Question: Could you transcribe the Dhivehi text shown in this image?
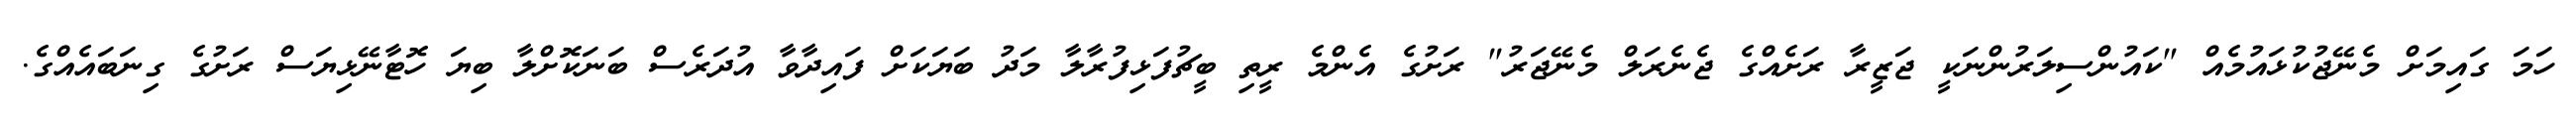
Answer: ހަމަ ގައިމަށް މެނޭޖުކުޅައުމެއް "ކައުންސިލަރުންނަކީ ޖަޒީރާ ރަށެއްގެ ޖެނެރަލް މެނޭޖަރު" ރަށުގެ އެންމެ ރީތި ބީޗުފަޅިފުރާލާ މަދު ބަޔަކަށް ފައިދާވާ އުދަރެސް ބަނަކޮށްލާ ބިޔަ ހޮޓާނޭޅިޔަސް ރަށުގެ ގިނަބައެއްގެ.